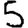
Digit: 5